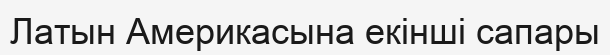
Латын Америкасына екінші сапары